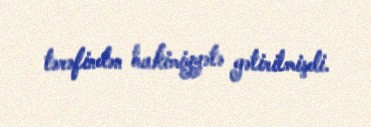
tərəfindən hakimiyyətə gətirilmişdi.